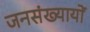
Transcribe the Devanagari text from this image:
जनसंख्यायों